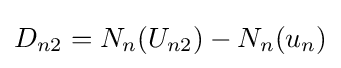
D_{n2}=N_{n}(U_{n2})-N_{n}(u_{n})